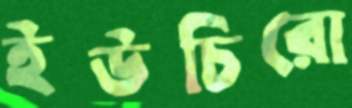
ইউচিরো